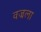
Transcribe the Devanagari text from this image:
वज्रला